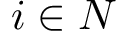
i \in N